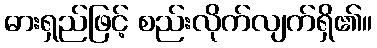
ဓားရှည်ဖြင့် စည်းလိုက်လျက်ရှိ၏။